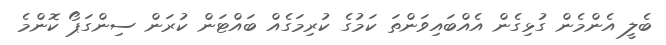
ބެލީ އެންމެން ގުޅިގެން އެއްބައިވަންތަ ކަމުގެ ކުރިމަގެއް ބައްޓަން ކުރަން ސިންގަޕޯ ކޮންމެ